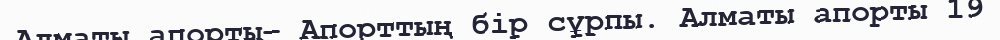
Алматы апорты– Апорттың бір сұрпы. Алматы апорты 19